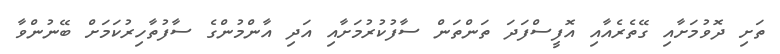
ތަށި ދޮވުމަށާއި ގޭތެރެއާއި އޮފީސްފަދަ ތަންތަން ސާފުކުރުމަށާއި އަދި އާންމުންގެ ސާފުތާހިރުކަމަށް ބޭނުންވާ